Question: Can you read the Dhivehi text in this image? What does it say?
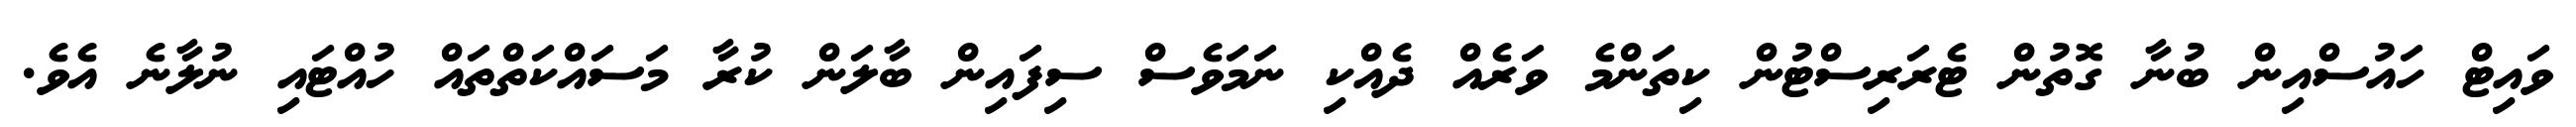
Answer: ވައިޓް ހައުސްއިން ބުނާ ގޮތުން ޓެރަރިސްޓުން ކިތަންމެ ވަރެއް ދެއްކި ނަމަވެސް ސިފައިން ބާލަން ކުރާ މަސައްކަތްތައް ހުއްޓައި ނުލާނެ އެވެ.